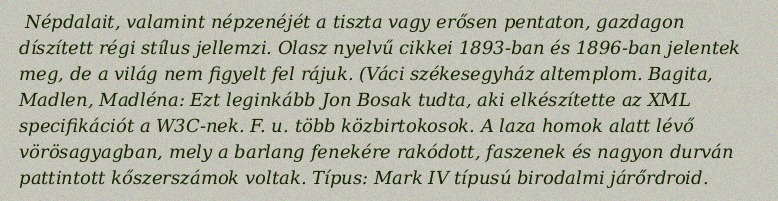
Népdalait, valamint népzenéjét a tiszta vagy erősen pentaton, gazdagon díszített régi stílus jellemzi. Olasz nyelvű cikkei 1893-ban és 1896-ban jelentek meg, de a világ nem figyelt fel rájuk. (Váci székesegyház altemplom. Bagita, Madlen, Madléna: Ezt leginkább Jon Bosak tudta, aki elkészítette az XML specifikációt a W3C-nek. F. u. több közbirtokosok. A laza homok alatt lévő vörösagyagban, mely a barlang fenekére rakódott, faszenek és nagyon durván pattintott kőszerszámok voltak. Típus: Mark IV típusú birodalmi járőrdroid.